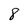
Character: 8